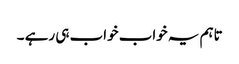
تاہم یہ خواب خواب ہی رہے ۔